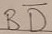
Text: BD